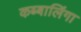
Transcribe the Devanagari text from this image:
कब्बालिंगा